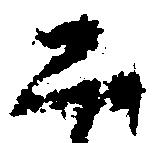
公